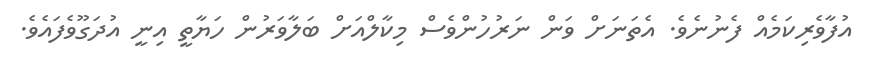
އުފާވެރިކަމެއް ފެނުނެވެ. އެތަނަށް ވަން ނަރުހުންވެސް މިކާލްއަށް ބަލާވަރުން ހަޔާތީ އިނީ އުދަގޫވެފައެވެ.